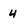
Character: 4